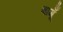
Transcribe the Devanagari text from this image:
बागूँ